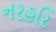
નરહરિ